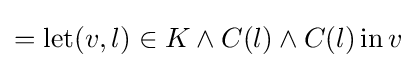
=\operatorname {let} (v,l)\in K\land C(l)\land C(l)\operatorname {in} v